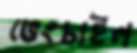
ভেংচাইল